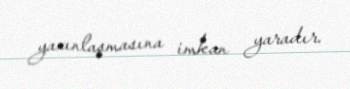
yaxınlaşmasına imkan yaradır.